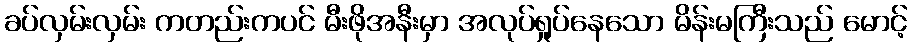
ခပ်လှမ်းလှမ်း ကတည်းကပင် မီးဖိုအနီးမှာ အလုပ်ရှုပ်နေသော မိန်းမကြီးသည် မောင့်